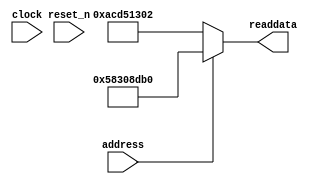
module soc_system_sysid_qsys_13 (
                address,
                clock,
                reset_n,
                readdata
             )
;
  output  [ 31: 0] readdata;
  input            address;
  input            clock;
  input            reset_n;
  wire    [ 31: 0] readdata;
  assign readdata = address ? 1479577008 : 2899645186;
endmodule